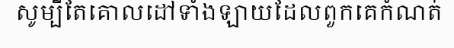
សូម្បីតែគោលដៅទាំងឡាយដែលពួកគេកំណត់